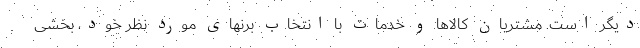
دیگر است. مشتریان کالاها و خدمات با انتخاب برنهای مورد نظر خود، بخشی